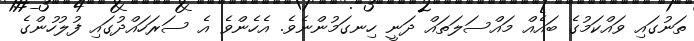
ތަނުގައި ވައްކަމުގެ ބައެއް މައްސަލަތައް ދަނީ ހިނގަމުންނެވެ. އެހެންވެ އެ ސަރަހައްދުގައި ފުލުހުންގެ